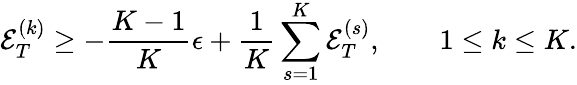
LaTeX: {\mathcal E}_{T}^{(k)}\ge-\frac{K-1}K\epsilon+\frac{1}{K}\sum_{s=1}^{K}{\mathcal E}_{T}^{(s)},\qquad 1\le k\le K.